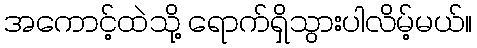
အကောင့်ထဲသို့ ရောက်ရှိသွားပါလိမ့်မယ်။